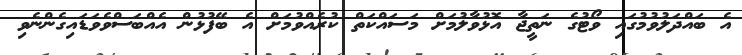
އެ ބައްދަލުވުމުގައި ވޯޓުގެ ނަތީޖާ އޮޅުވާލުމަށް މަސައްކަތް ކުރެއްވުމަށް އެ ބޭފުޅުން އެއްބަސްވެވަޑައިގެންނެވި